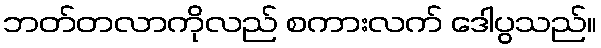
ဘတ်တလာကိုလည် စကားလက် ဒေါပွသည်။